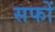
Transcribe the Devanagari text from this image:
सफों